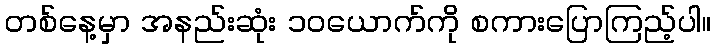
တစ်နေ့မှာ အနည်းဆုံး ၁၀ယောက်ကို စကားပြောကြည့်ပါ။